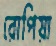
রোপিয়া